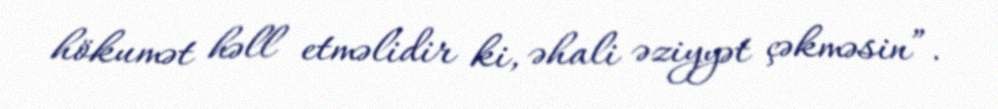
hökumət həll etməlidir ki, əhali əziyyət çəkməsin”.